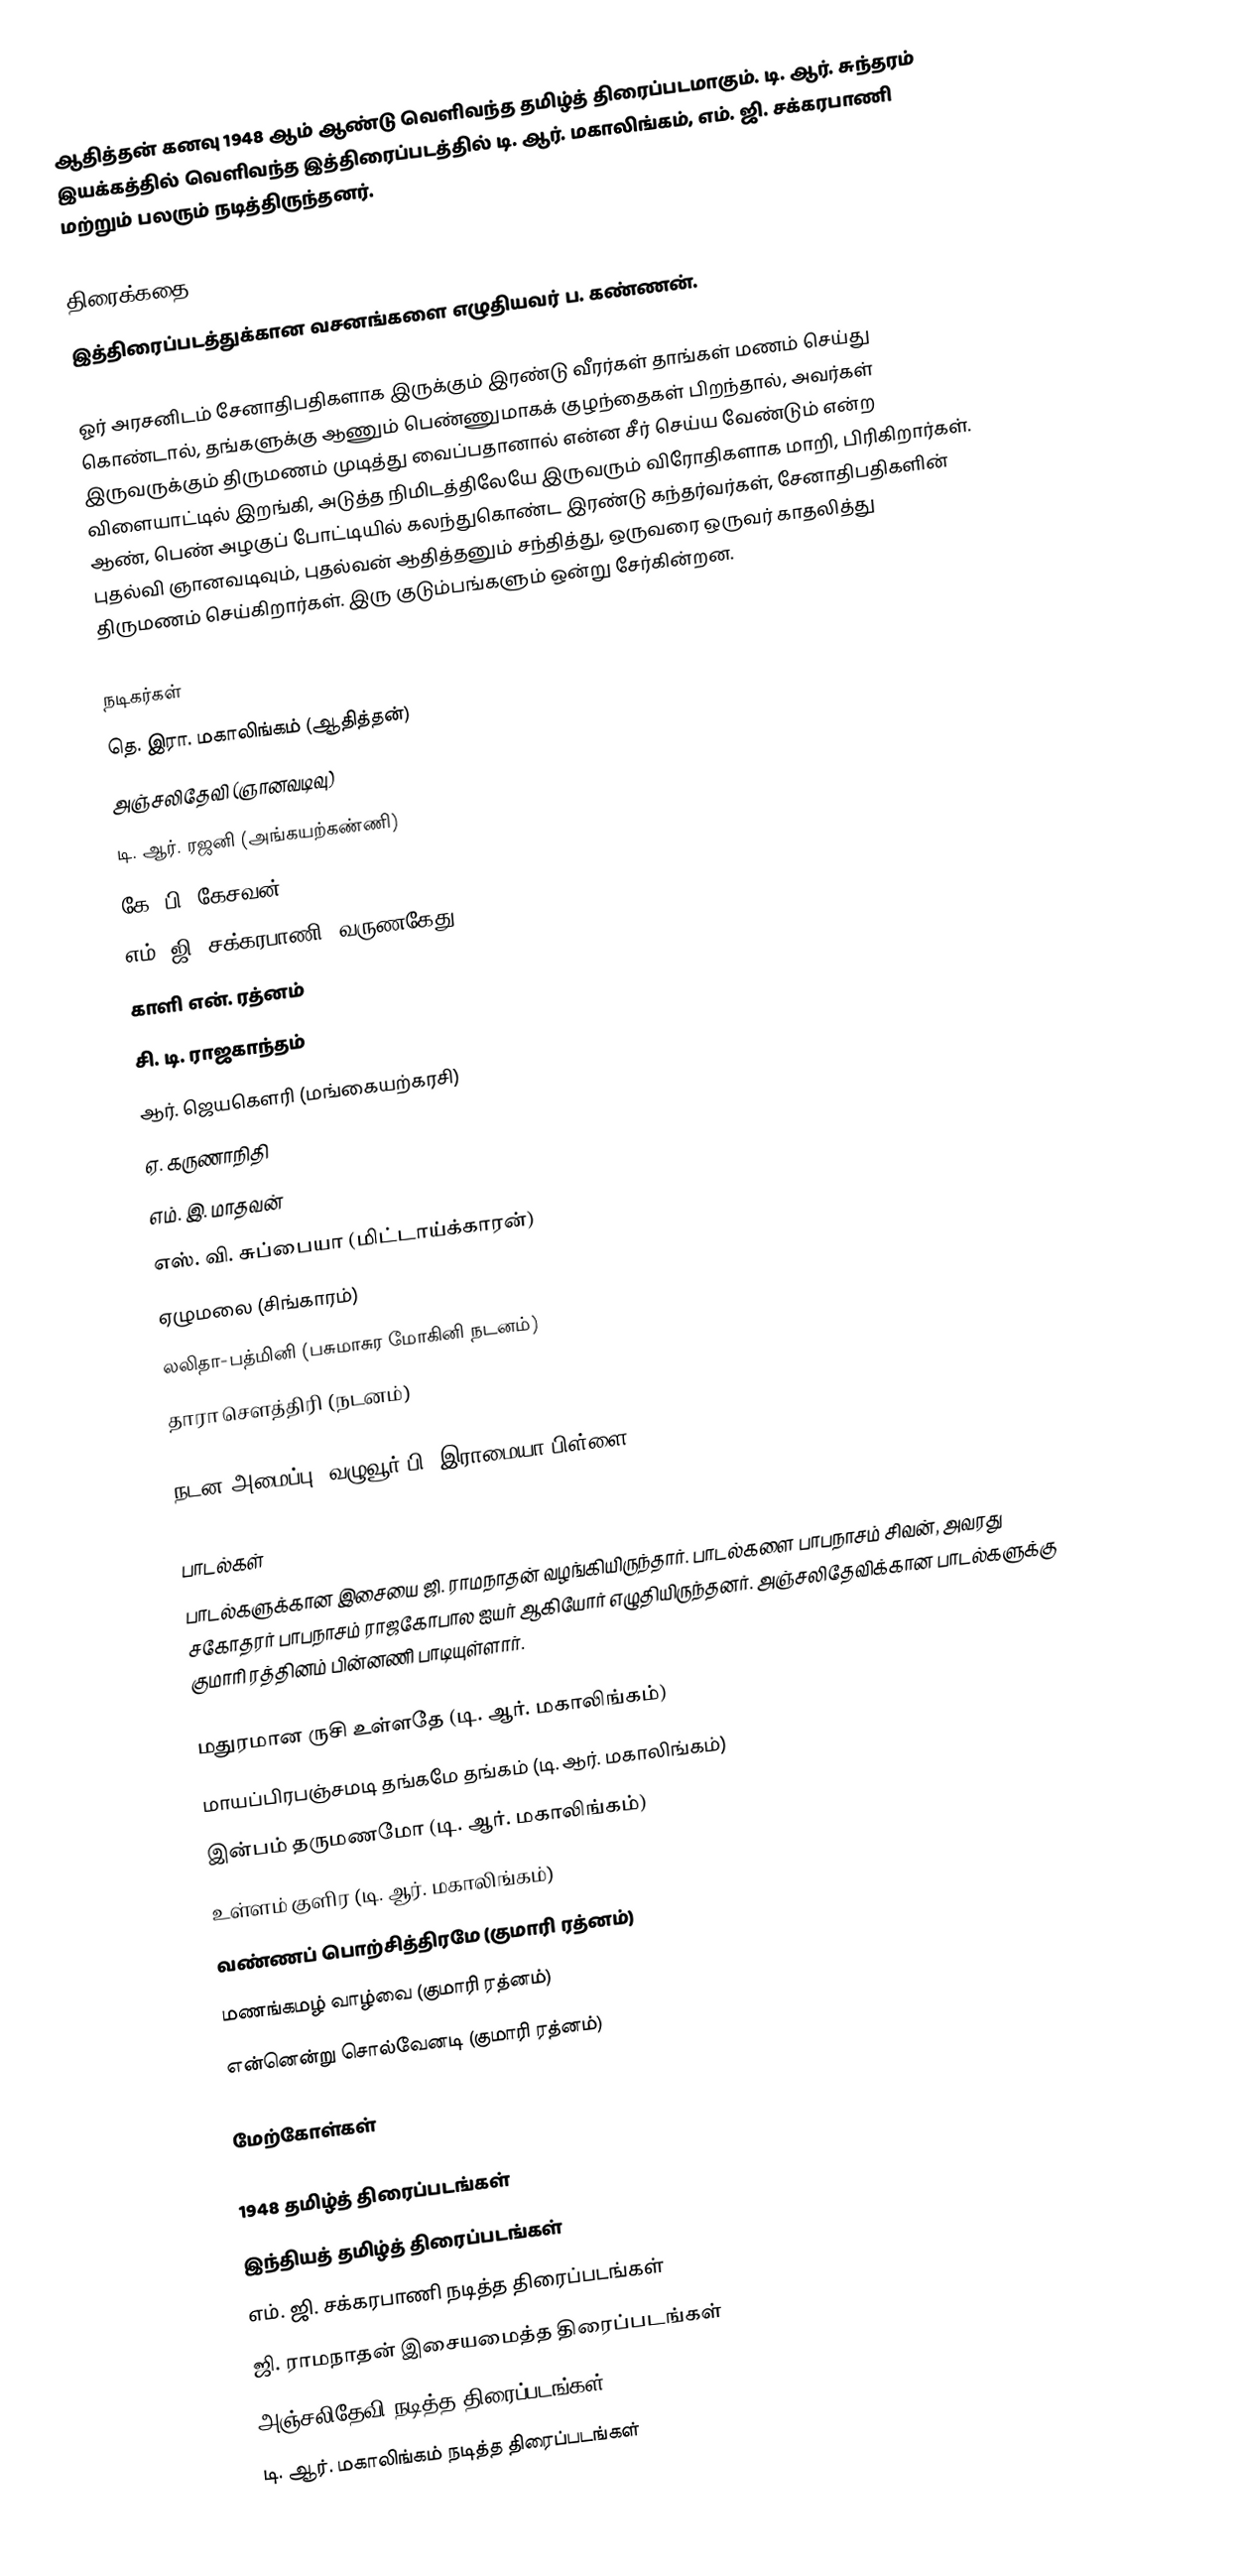
ஆதித்தன் கனவு 1948 ஆம் ஆண்டு வெளிவந்த தமிழ்த் திரைப்படமாகும். டி. ஆர். சுந்தரம் இயக்கத்தில் வெளிவந்த இத்திரைப்படத்தில் டி. ஆர். மகாலிங்கம், எம். ஜி. சக்கரபாணி மற்றும் பலரும் நடித்திருந்தனர்.

திரைக்கதை,
இத்திரைப்படத்துக்கான வசனங்களை எழுதியவர் ப. கண்ணன்.

ஓர் அரசனிடம் சேனாதிபதிகளாக இருக்கும் இரண்டு வீரர்கள் தாங்கள் மணம் செய்து கொண்டால், தங்களுக்கு ஆணும் பெண்ணுமாகக் குழந்தைகள் பிறந்தால், அவர்கள் இருவருக்கும் திருமணம் முடித்து வைப்பதானால் என்ன சீர்  செய்ய வேண்டும் என்ற விளையாட்டில் இறங்கி, அடுத்த நிமிடத்திலேயே இருவரும் விரோதிகளாக மாறி, பிரிகிறார்கள்.  ஆண், பெண் அழகுப் போட்டியில் கலந்துகொண்ட இரண்டு கந்தர்வர்கள், சேனாதிபதிகளின் புதல்வி ஞானவடிவும், புதல்வன் ஆதித்தனும் சந்தித்து, ஒருவரை  ஒருவர் காதலித்து திருமணம் செய்கிறார்கள். இரு குடும்பங்களும் ஒன்று சேர்கின்றன.

நடிகர்கள்
தெ. இரா. மகாலிங்கம் (ஆதித்தன்)
அஞ்சலிதேவி (ஞானவடிவு)
டி. ஆர். ரஜனி (அங்கயற்கண்ணி)
கே. பி. கேசவன்
எம். ஜி. சக்கரபாணி (வருணகேது)
காளி என். ரத்னம்
சி. டி. ராஜகாந்தம்
ஆர். ஜெயகௌரி (மங்கையற்கரசி)
ஏ. கருணாநிதி
எம். இ. மாதவன்
எஸ். வி. சுப்பையா (மிட்டாய்க்காரன்)
ஏழுமலை (சிங்காரம்)
லலிதா-பத்மினி (பசுமாசுர மோகினி நடனம்)
தாரா சௌத்திரி (நடனம்)

நடன அமைப்பு: வழுவூர் பி. இராமையா பிள்ளை

பாடல்கள்
பாடல்களுக்கான இசையை ஜி. ராமநாதன் வழங்கியிருந்தார். பாடல்களை பாபநாசம் சிவன், அவரது சகோதரர் பாபநாசம் ராஜகோபால ஐயர் ஆகியோர் எழுதியிருந்தனர். அஞ்சலிதேவிக்கான பாடல்களுக்கு குமாரி ரத்தினம் பின்னணி பாடியுள்ளார்.

 மதுரமான ருசி உள்ளதே (டி. ஆர். மகாலிங்கம்)
 மாயப்பிரபஞ்சமடி தங்கமே தங்கம் (டி. ஆர். மகாலிங்கம்)
 இன்பம் தருமணமோ (டி. ஆர். மகாலிங்கம்)
 உள்ளம் குளிர (டி. ஆர். மகாலிங்கம்)
 வண்ணப் பொற்சித்திரமே (குமாரி ரத்னம்)
 மணங்கமழ் வாழ்வை (குமாரி ரத்னம்)
 என்னென்று சொல்வேனடி (குமாரி ரத்னம்)

மேற்கோள்கள்

1948 தமிழ்த் திரைப்படங்கள்
இந்தியத் தமிழ்த் திரைப்படங்கள்
எம். ஜி. சக்கரபாணி நடித்த திரைப்படங்கள்
ஜி. ராமநாதன் இசையமைத்த திரைப்படங்கள்
அஞ்சலிதேவி நடித்த திரைப்படங்கள்
டி. ஆர். மகாலிங்கம் நடித்த திரைப்படங்கள்